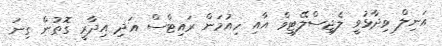
އަނިލް ވިދާޅުވީ ލެޖިސްލޭޓިވް އާއި ހިއުމަން ރައިޓްސް އަދި އިދާރީ ގޮތުން ގިނަ